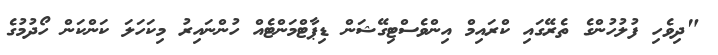
"ދިވެހި ފުލުހުންގެ ތެރޭގައި ކްރައިމް އިންވެސްޓިގޭޝަން ޑިޕާޓްމަންޓެއް ހުންނައިރު މިކަހަލަ ކަންކަން ހޯދުމުގެ